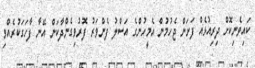
ކައިވެނިކޮށް ދިރިއުޅެއް ފަށަން ޖެހުމުން އެމީހުންގެ އަސްލު ފެންވަރު ފޮރުވިގެންދާކަން އޭނާ ފާހަގަކުރެއްވި